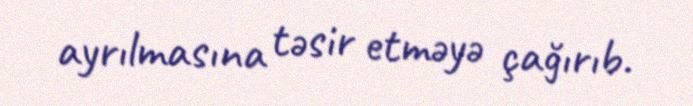
ayrılmasına təsir etməyə çağırıb.